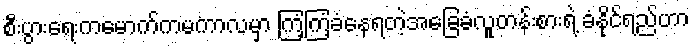
စီးပွားရေးကမောက်ကမကာလမှာ ကြံ့ကြံ့ခံနေရတဲ့အခြေခံလူတန်းစားရဲ့ ခံနိုင်ရည်ဟာ